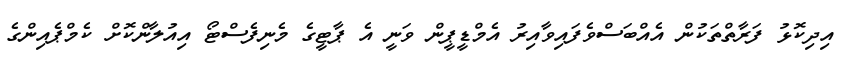
އިދިކޮޅު ފަރާތްތަކުން އެއްބަސްވެފައިވާއިރު އެމްޑީޕީން ވަނީ އެ ޕާޓީގެ މެނިފެސްޓޯ އިއުލާންކޮށް ކެމްޕެއިންގެ